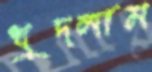
খুদলাম